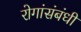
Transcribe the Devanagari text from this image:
रोगांसंबंधी